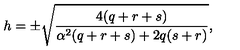
h = \pm \sqrt { \frac { 4 ( q + r + s ) } { \alpha ^ { 2 } ( q + r + s ) + 2 q ( s + r ) } } ,